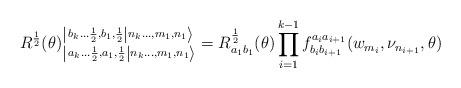
LaTeX: \begin{align*}R^{\frac{1}{2}}(\theta )^{\left| \left. b_{k}\dots \frac{1}{2},b_{1},\frac{1}{2}\right| n_{k}\dots ,m_{1},n_{1}\right\rangle }_{\left| \left. a_{k}\dots \frac{1}{2},a_{1},\frac{1}{2}\right| n_{k}\dots ,m_{1},n_{1}\right\rangle }=R_{a_{1}b_{1}}^{\frac{1}{2}}(\theta )\prod ^{k-1}_{i=1}f^{a_{i}a_{i+1}}_{b_{i}b_{i+1}}(w_{m_{i}},\nu _{n_{i+1}},\theta )\end{align*}